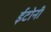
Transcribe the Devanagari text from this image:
ईटोनी